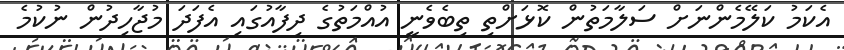
އެކަމު ކަލޭމެންނަށް ސަލާމަތުން ކޮޅަށްތި ތިބެވެނީ އުއްމަތުގެ ދިފާއުގައި އެފަދަ މުޖާހިދުން ނުކުމެ